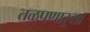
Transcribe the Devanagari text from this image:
तळपणाऱ्या